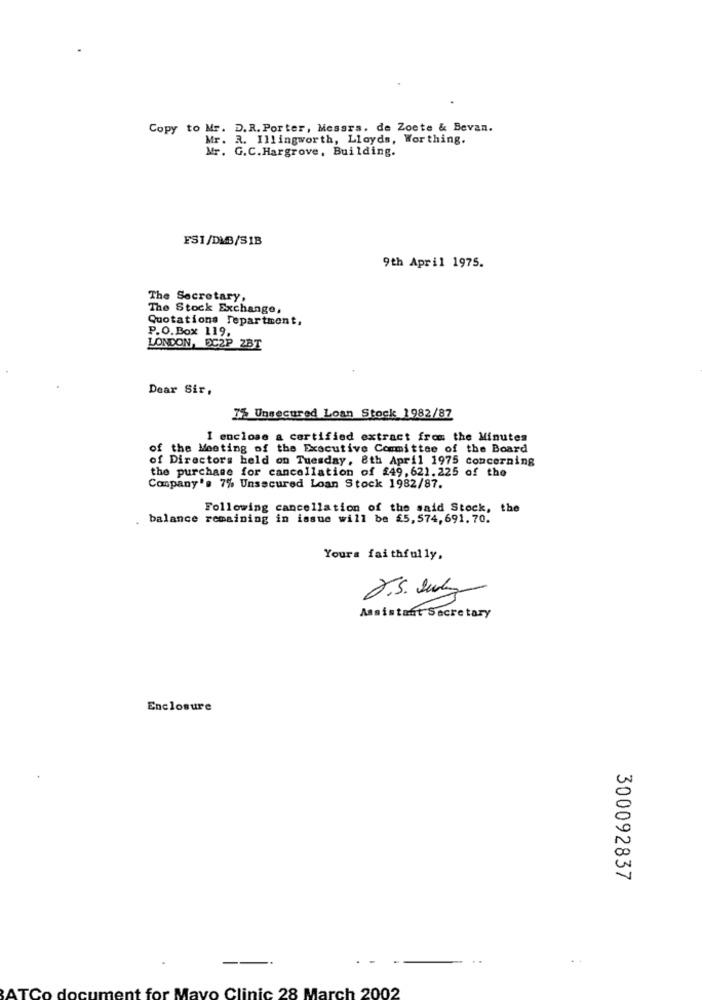
Copy to Mr. D.R. Porter, Messrs. de Zoete & Bevan.
Mr. R. Illingworth, Lloyds, Worthing.
Mr. G.C.Hargrove, Building.
FSI/DVB/SIB
9th April 1975.
The Secretary,
The Stock Exchange,
Quotations Tepartment,
P.O.Box 119,
LONDON, DC2P ZBT
Dear Sir,
7% Unsecured Loan Stock 1982/87
I enclose a certified extract from the Minutes
of the Meeting of the Executive Committee of the Board
of Directors held on Tuesday, 8th April 1975 concerning
the purchase for cancellation of £49, 621.225 of the
Company's 7% Unsecured Loan Stock 1982/87.
Following cancellation of the said Stock, the
balance remaining in issue will be £5,574,691.70.
Yours faithfully,
J.S. July
Assistant Secretary
Enclosure
300092837
-
--.
AT
ment for Mayo Clinic 28 March 2002
do